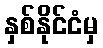
နှစ်နိုင်ငံမှ